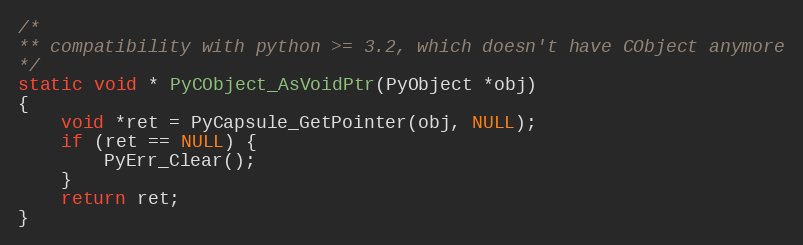
Language: C
/*
** compatibility with python >= 3.2, which doesn't have CObject anymore
*/
static void * PyCObject_AsVoidPtr(PyObject *obj)
{
    void *ret = PyCapsule_GetPointer(obj, NULL);
    if (ret == NULL) {
        PyErr_Clear();
    }
    return ret;
}